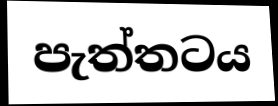
පැත්තටය